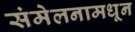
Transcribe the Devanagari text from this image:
संमेलनामधून